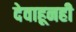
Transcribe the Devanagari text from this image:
देवाहूनही